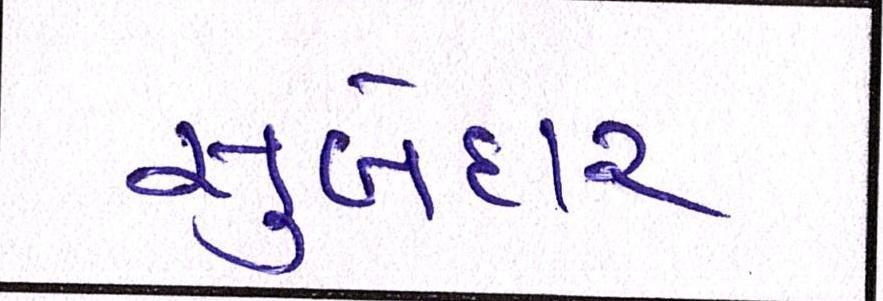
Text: સુબેદાર